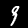
Label: 9